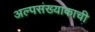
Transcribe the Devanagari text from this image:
अल्पसंख्याकाची